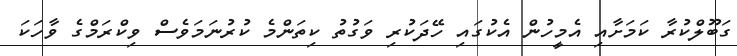
ގަބޫލްކުރާ ކަމަށާއި އެމީހުން އެކުގައި ހޭދަކުރި ވަގުތު ކިތަންމެ ކުރުނަމަވެސް ވިކްރަމްގެ ވާހަކަ